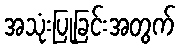
အသုံးပြုခြင်းအတွက်